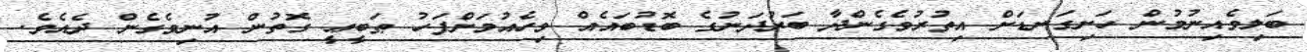
ބަލިވެއިނުމުން ހަށިގަނޑަށް އިތުރުވެގެންދާ ބަރުދަނުގެ ބޮޑުބައެއް ވިހެއުމަށްފަހު ޠަބީޢީ ގޮތުން އުނިވެގެން ދެއެވެ.